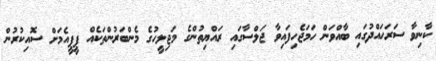
ކާނިވާ ސަރަހައްދުގައި ބާއްވަން ހަމަޖެހިފައިވާ ޖަލްސާގައި ރައްޔިތުންގެ މަޖިލީހުގެ މެންބަރުންތަކެއް ޕީޕީއެމަށް ސޮއިކުރުން